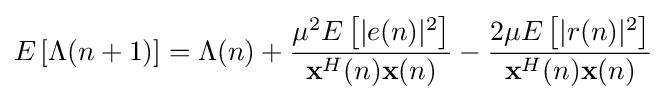
E\left[\Lambda (n+1)\right]=\Lambda (n)+{\frac {\mu ^{2}E\left[|e(n)|^{2}\right]}{\mathbf {x} ^{H}(n)\mathbf {x} (n)}}-{\frac {2\mu E\left[|r(n)|^{2}\right]}{\mathbf {x} ^{H}(n)\mathbf {x} (n)}}